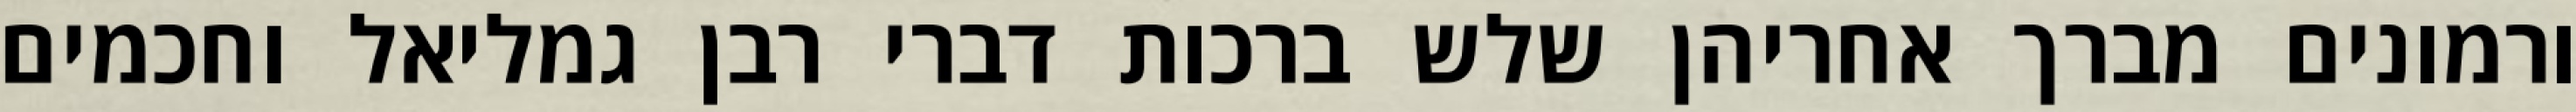
ורמונים מברך אחריהן שלש ברכות דברי רבן גמליאל וחכמים